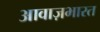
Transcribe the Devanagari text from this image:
आवाज़भारत